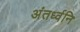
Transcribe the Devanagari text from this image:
अंतर्ध्वनि